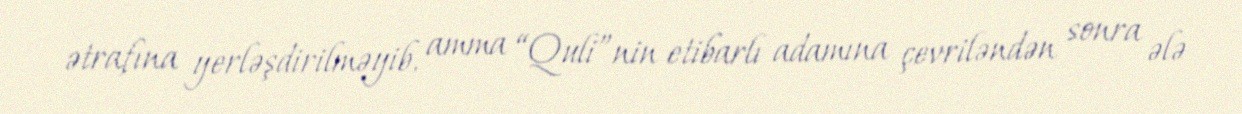
ətrafına yerləşdirilməyib, amma “Quli”nin etibarlı adamına çevriləndən sonra ələ